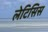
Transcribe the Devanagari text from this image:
लेटिसिस